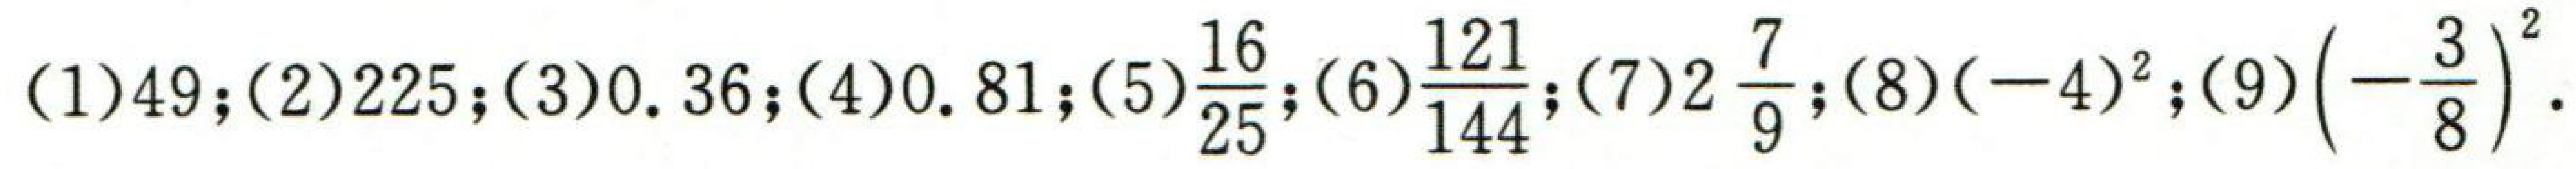
(1)$49$; (2)$225$; (3)$0.36$; (4)$0.81$; (5)$\frac{16}{25}$; (6)$\frac{121}{144}$; (7)$2\frac{7}{9}$; (8)$(-4)^{2}$; (9)$\left(-\frac{3}{8}\right)^{2}$